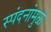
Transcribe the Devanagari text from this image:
स्पंदनांमुळे